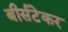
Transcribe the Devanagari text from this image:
बीर्सटेकर